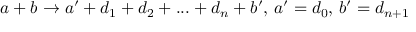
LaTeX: a + b \rightarrow a ^ { \prime } + d _ { 1 } + d _ { 2 } + . . . + d _ { n } + b ^ { \prime } , \, a ^ { \prime } = d _ { 0 } , \, b ^ { \prime } = d _ { n + 1 }